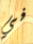
في